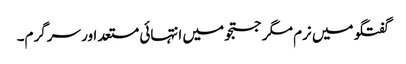
گفتگو میں نرم مگر جستجو میں انتہائی مستعد اور سرگرم۔